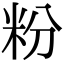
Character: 粉